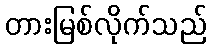
တားမြစ်လိုက်သည်